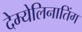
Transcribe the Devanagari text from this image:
देम्येलिनातिंग